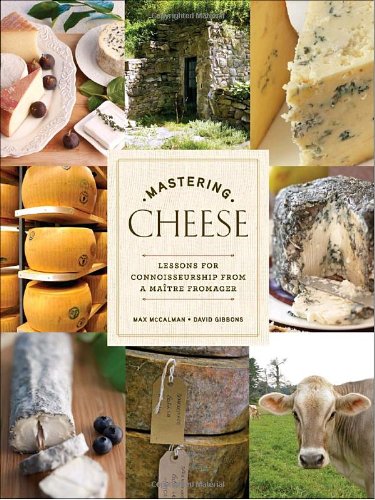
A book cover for Mastering Cheese: Lessons for Connoisseurship from a MaÃ®tre Fromager; Max McCalman; Cookbooks, Food & Wine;